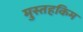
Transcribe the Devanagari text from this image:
मुस्तहकिम